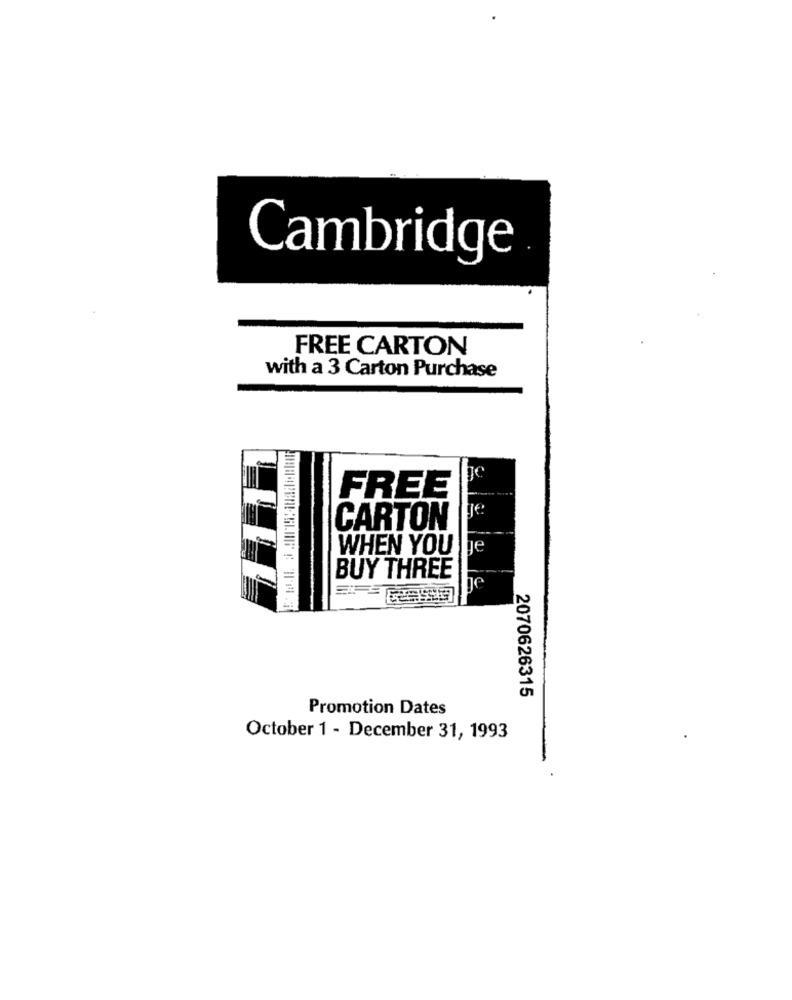
Cambridge
FREE CARTON
with a 3 Carton Purchase
-
FREE
CARTON
WHEN YOU
ge
BUY THREE
2070626315
Promotion Dates
October 1 - December 31, 1993